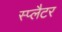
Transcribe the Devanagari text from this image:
स्प्लैटर